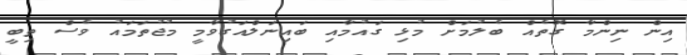
އިން ނިންމާ ގޮތެއް ބެލުމަށް މުޅި ގައުމާއި ބައިނަލްއަގުވާމީ މުޖުތަމައު ވެސް ތިބީ